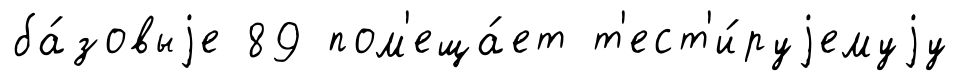
ба́зовыjе 89 пом'еща́ет т'ест'и́руjемуjу